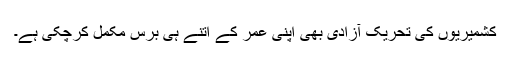
کشمیریوں کی تحریک آزادی بھی اپنی عمر کے اتنے ہی برس مکمل کرچکی ہے۔